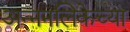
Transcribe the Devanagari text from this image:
अन्ननलिकेच्या